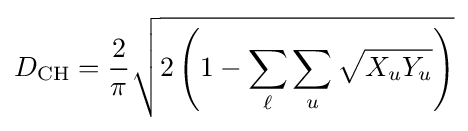
D_{\text{CH}}={\frac {2}{\pi }}{\sqrt {2\left(1-\sum _{\ell }\sum _{u}{\sqrt {X_{u}Y_{u}}}\right)}}